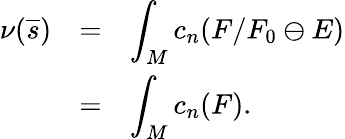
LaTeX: \begin{array}{lll}{{\nu(\overline{{{s}}})}}&{{=}}&{{\displaystyle\int_{M}c_{n}(F/F_{0}\ominus E)}}\\ {{}}&{{=}}&{{\displaystyle\int_{M}c_{n}(F).}}\end{array}